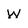
Character: W